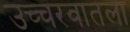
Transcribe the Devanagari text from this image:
उच्चरवातला